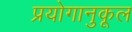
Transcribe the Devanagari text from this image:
प्रयोगानुकूल